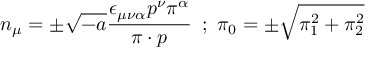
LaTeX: n _ { \mu } = \pm \sqrt { - a } \frac { \epsilon _ { \mu \nu \alpha } p ^ { \nu } \pi ^ { \alpha } } { \pi \cdot p } \, \, \, ; \, \, \pi _ { 0 } = \pm \sqrt { \pi _ { 1 } ^ { 2 } + \pi _ { 2 } ^ { 2 } }